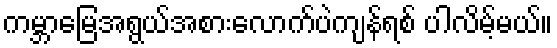
ကမ္ဘာမြေအရွယ်အစားလောက်ပဲကျန်ရစ် ပါလိမ့်မယ်။